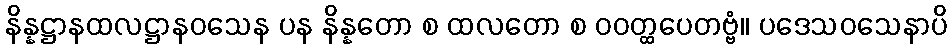
နိန္နဋ္ဌာနထလဋ္ဌာနဝသေန ပန နိန္နတော စ ထလတော စ ဝဝတ္ထပေတဗ္ဗံ။ ပဒေသဝသေနာပိ